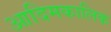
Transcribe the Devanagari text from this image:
आदिमकालिक